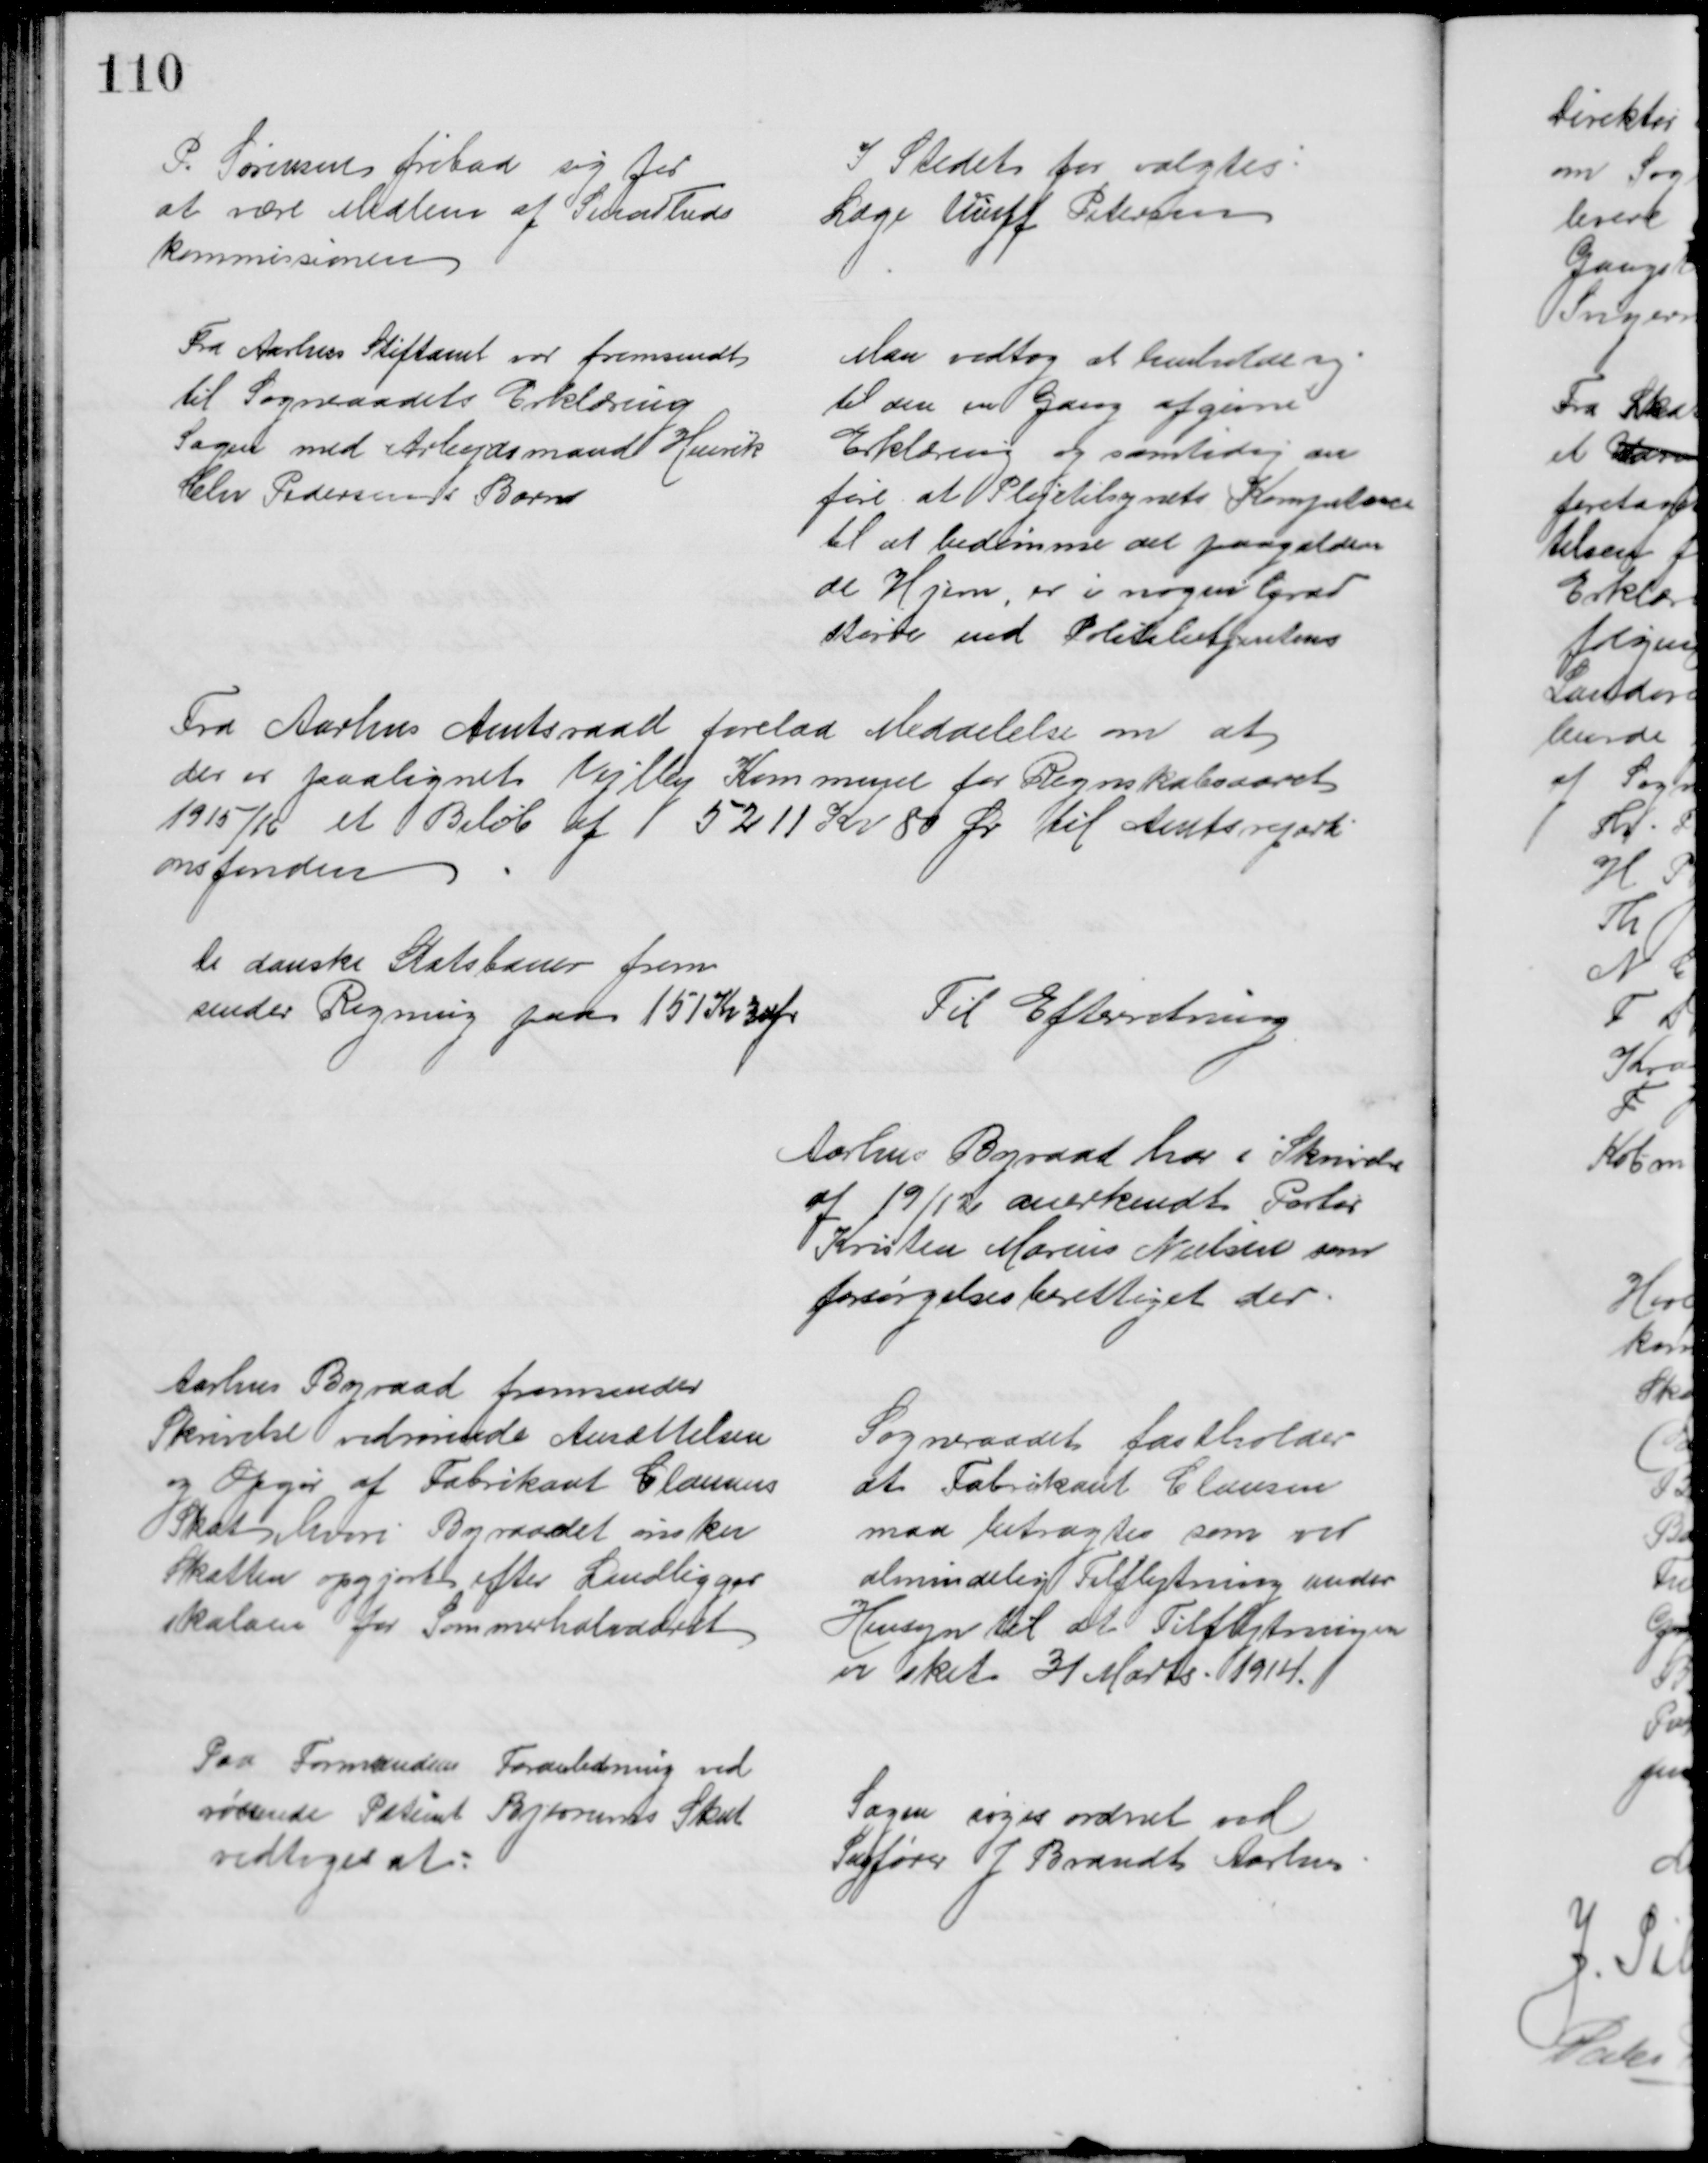
Transskription:
P. Sørensen fribad sig for
at være Medlem af Sundheds
kommissionen
I Stedet for valgtes:
Læge Wulff Petersen
Fra Aarhus Stiftamt var fremsendt
til Sogneraadets Erklæring
Sagen med Arbejdsmand Henrik
Chr. Pedersens Barn
Man vedtog at henholde sig
til den en Gang afgivne
Erklæring og samtidig an
føre at Plejetilsynets Kompetence
til at bedømme det paagælden
de Hjem, er i nogen Grad
større end Politibetjentens
Fra Aarhus Amtsraad forelaa Meddelelse om at
der er paalignet Vejlby Kommune for Regnskabsaaret
1915/16 et Beløb af 5211 Kr 80 Ør til Amtsreparti
onsfonden
De danske Statsbaner frem
sender Regning paa 151 Kr 30 Ør
Til Efterretning
Aarhus Byraad har i Skrivelse
af 19/12 anerkendt Portør
Kristen Marius Nielsen som
forsørgelsesberettiget der.
Aarhus Byraad fremsender
Skrivelse vedrørende Ansættelsen
og Opgør af Fabrikant Clausens
Skat, hvori Byraadet ønsker
Skatten opgjort efter Landligger
skalaen for Sommerhalvaaret
Sogneraadet fastholder
at Fabrikant Clausen
maa betragtes som ved
almindelig Tilflytning under
Hensyn til at Tilflytningen
er sket 31 Marts 1914.
Paa Formandens Foranledning ved
rørende Patient Bjerrums Skat
vedtoges at:
Sagen søges ordnet ved
Sagfører J. Brandt Aarhus